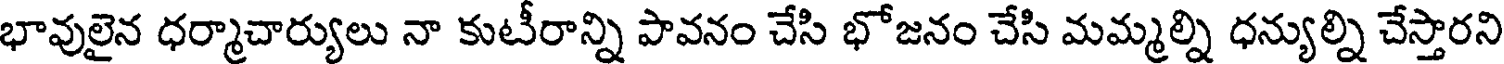
భావులైన ధర్మాచార్యులు నా కుటీరాన్ని పావనం చేసి భోజనం చేసి మమ్మల్ని ధన్యుల్ని చేస్తారని